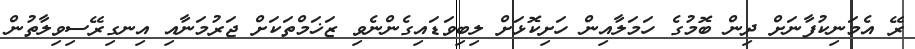
ރޭ އެމަނިކުފާނަށް ދިން ބޮމުގެ ހަމަލާއިން ހަށިކޮޅަށް ލިބިވަޑައިގެންނެވި ޒަޚަމްތަކަށް ޖަރުމަނާއި އިނގިރޭސިވިލާތުން